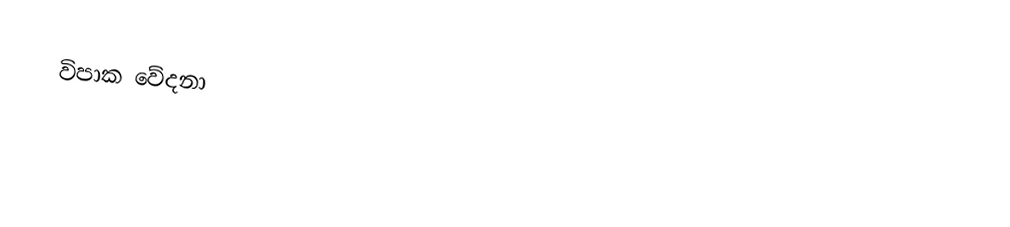
විපාක වේදනා